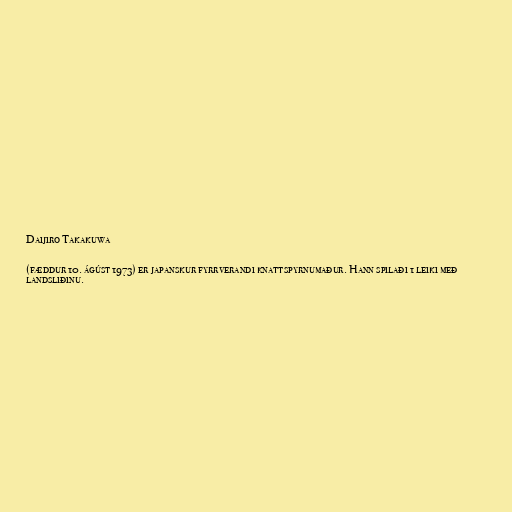
Daijiro Takakuwa

(fæddur 10. ágúst 1973) er japanskur fyrrverandi knattspyrnumaður. Hann spilaði 1 leiki með
landsliðinu.